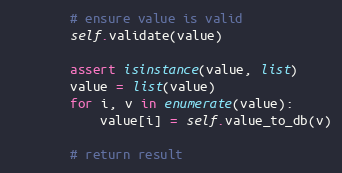
Language: Python
        # ensure value is valid
        self.validate(value)

        assert isinstance(value, list)
        value = list(value)
        for i, v in enumerate(value):
            value[i] = self.value_to_db(v)

        # return result